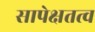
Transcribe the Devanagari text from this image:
सापेक्षतत्व